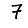
Digit: 7